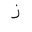
Letter: _zay